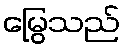
မြွေသည်